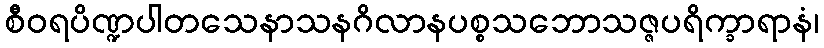
စီဝရပိဏ္ဍပါတသေနာသနဂိလာနပစ္စသဘောသဇ္ဇပရိက္ခာရာနံ၊